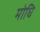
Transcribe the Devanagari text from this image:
मोधि